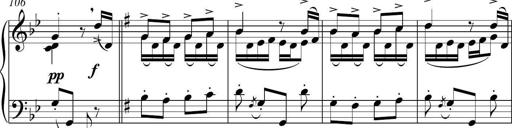
Title: Sonatina del HuÃ©car
Composer: JosÃ© Miguel Moreno Sabio